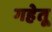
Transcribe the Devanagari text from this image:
गहेतू